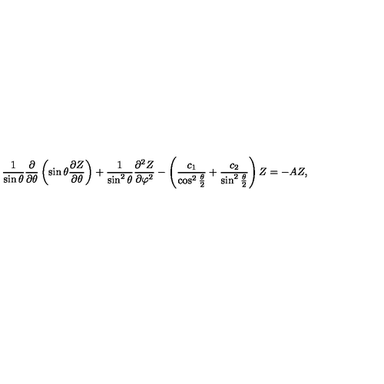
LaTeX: \frac { 1 } { \sin \theta } \frac { \partial } { \partial \theta } \left( \sin \theta \frac { \partial Z } { \partial \theta } \right) + \frac { 1 } { \sin ^ { 2 } \theta } \frac { \partial ^ { 2 } Z } { \partial \varphi ^ { 2 } } - \left( \frac { c _ { 1 } } { \cos ^ { 2 } \frac { \theta } { 2 } } + \frac { c _ { 2 } } { \sin ^ { 2 } \frac { \theta } { 2 } } \right) Z = - A Z ,